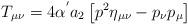
LaTeX: \begin{align*}T_{\mu \nu} = 4 \alpha^{'} a_{2} \left[ p^{2} \eta_{\mu \nu} - p_{\nu} p_{\mu}\right]\end{align*}